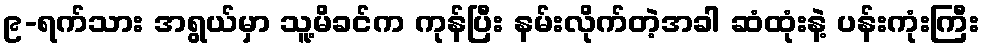
၉-ရက်သား အရွယ်မှာ သူ့မိခင်က ကုန်ပြီး နမ်းလိုက်တဲ့အခါ ဆံထုံးနဲ့ ပန်းကုံးကြီး